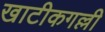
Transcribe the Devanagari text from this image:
खाटीकगल्ली